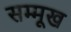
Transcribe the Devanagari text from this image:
सम्मूख